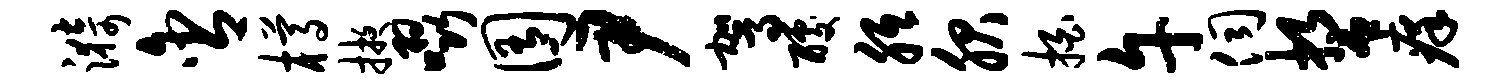
漪含樽掖啜囿尹驾醵胝服拍午伺誓痒